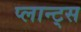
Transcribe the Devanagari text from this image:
प्लान्ट्स